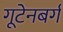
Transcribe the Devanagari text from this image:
गूटेनबर्ग